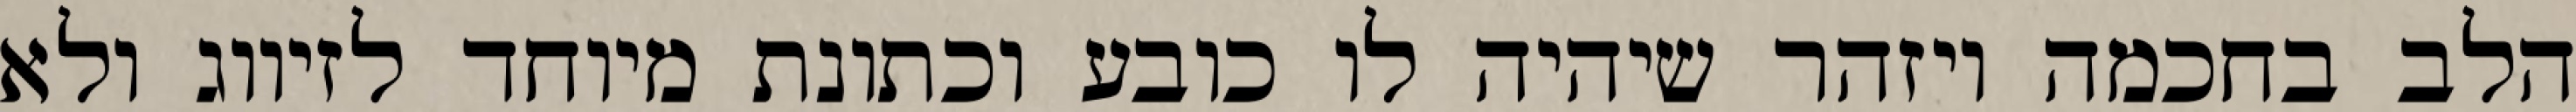
הלב בחכמה ויזהר שיהיה לו כובע וכתונת מיוחד לזיווג ולא